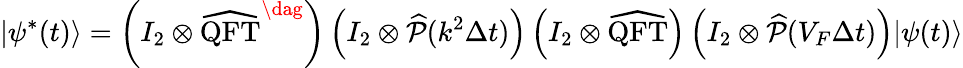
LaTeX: |\psi^{*}(t)\rangle=\left(I_{2}\otimes\widehat{\mathrm{QFT}}^{\dag}\right)\left(I_{2}\otimes\widehat{\mathcal{P}}(k^{2}\Delta t)\right)\left(I_{2}\otimes\widehat{\mathrm{QFT}}\right)\left(I_{2}\otimes\widehat{\mathcal{P}}(V_{F}\Delta t)\right)|\psi(t)\rangle